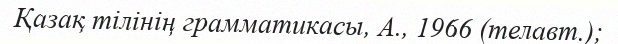
Қазақ тілінің грамматикасы, А., 1966 (телавт.);